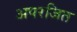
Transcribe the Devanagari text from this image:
अपरजित